Leningradi_Edasi_toimetus, lk 51
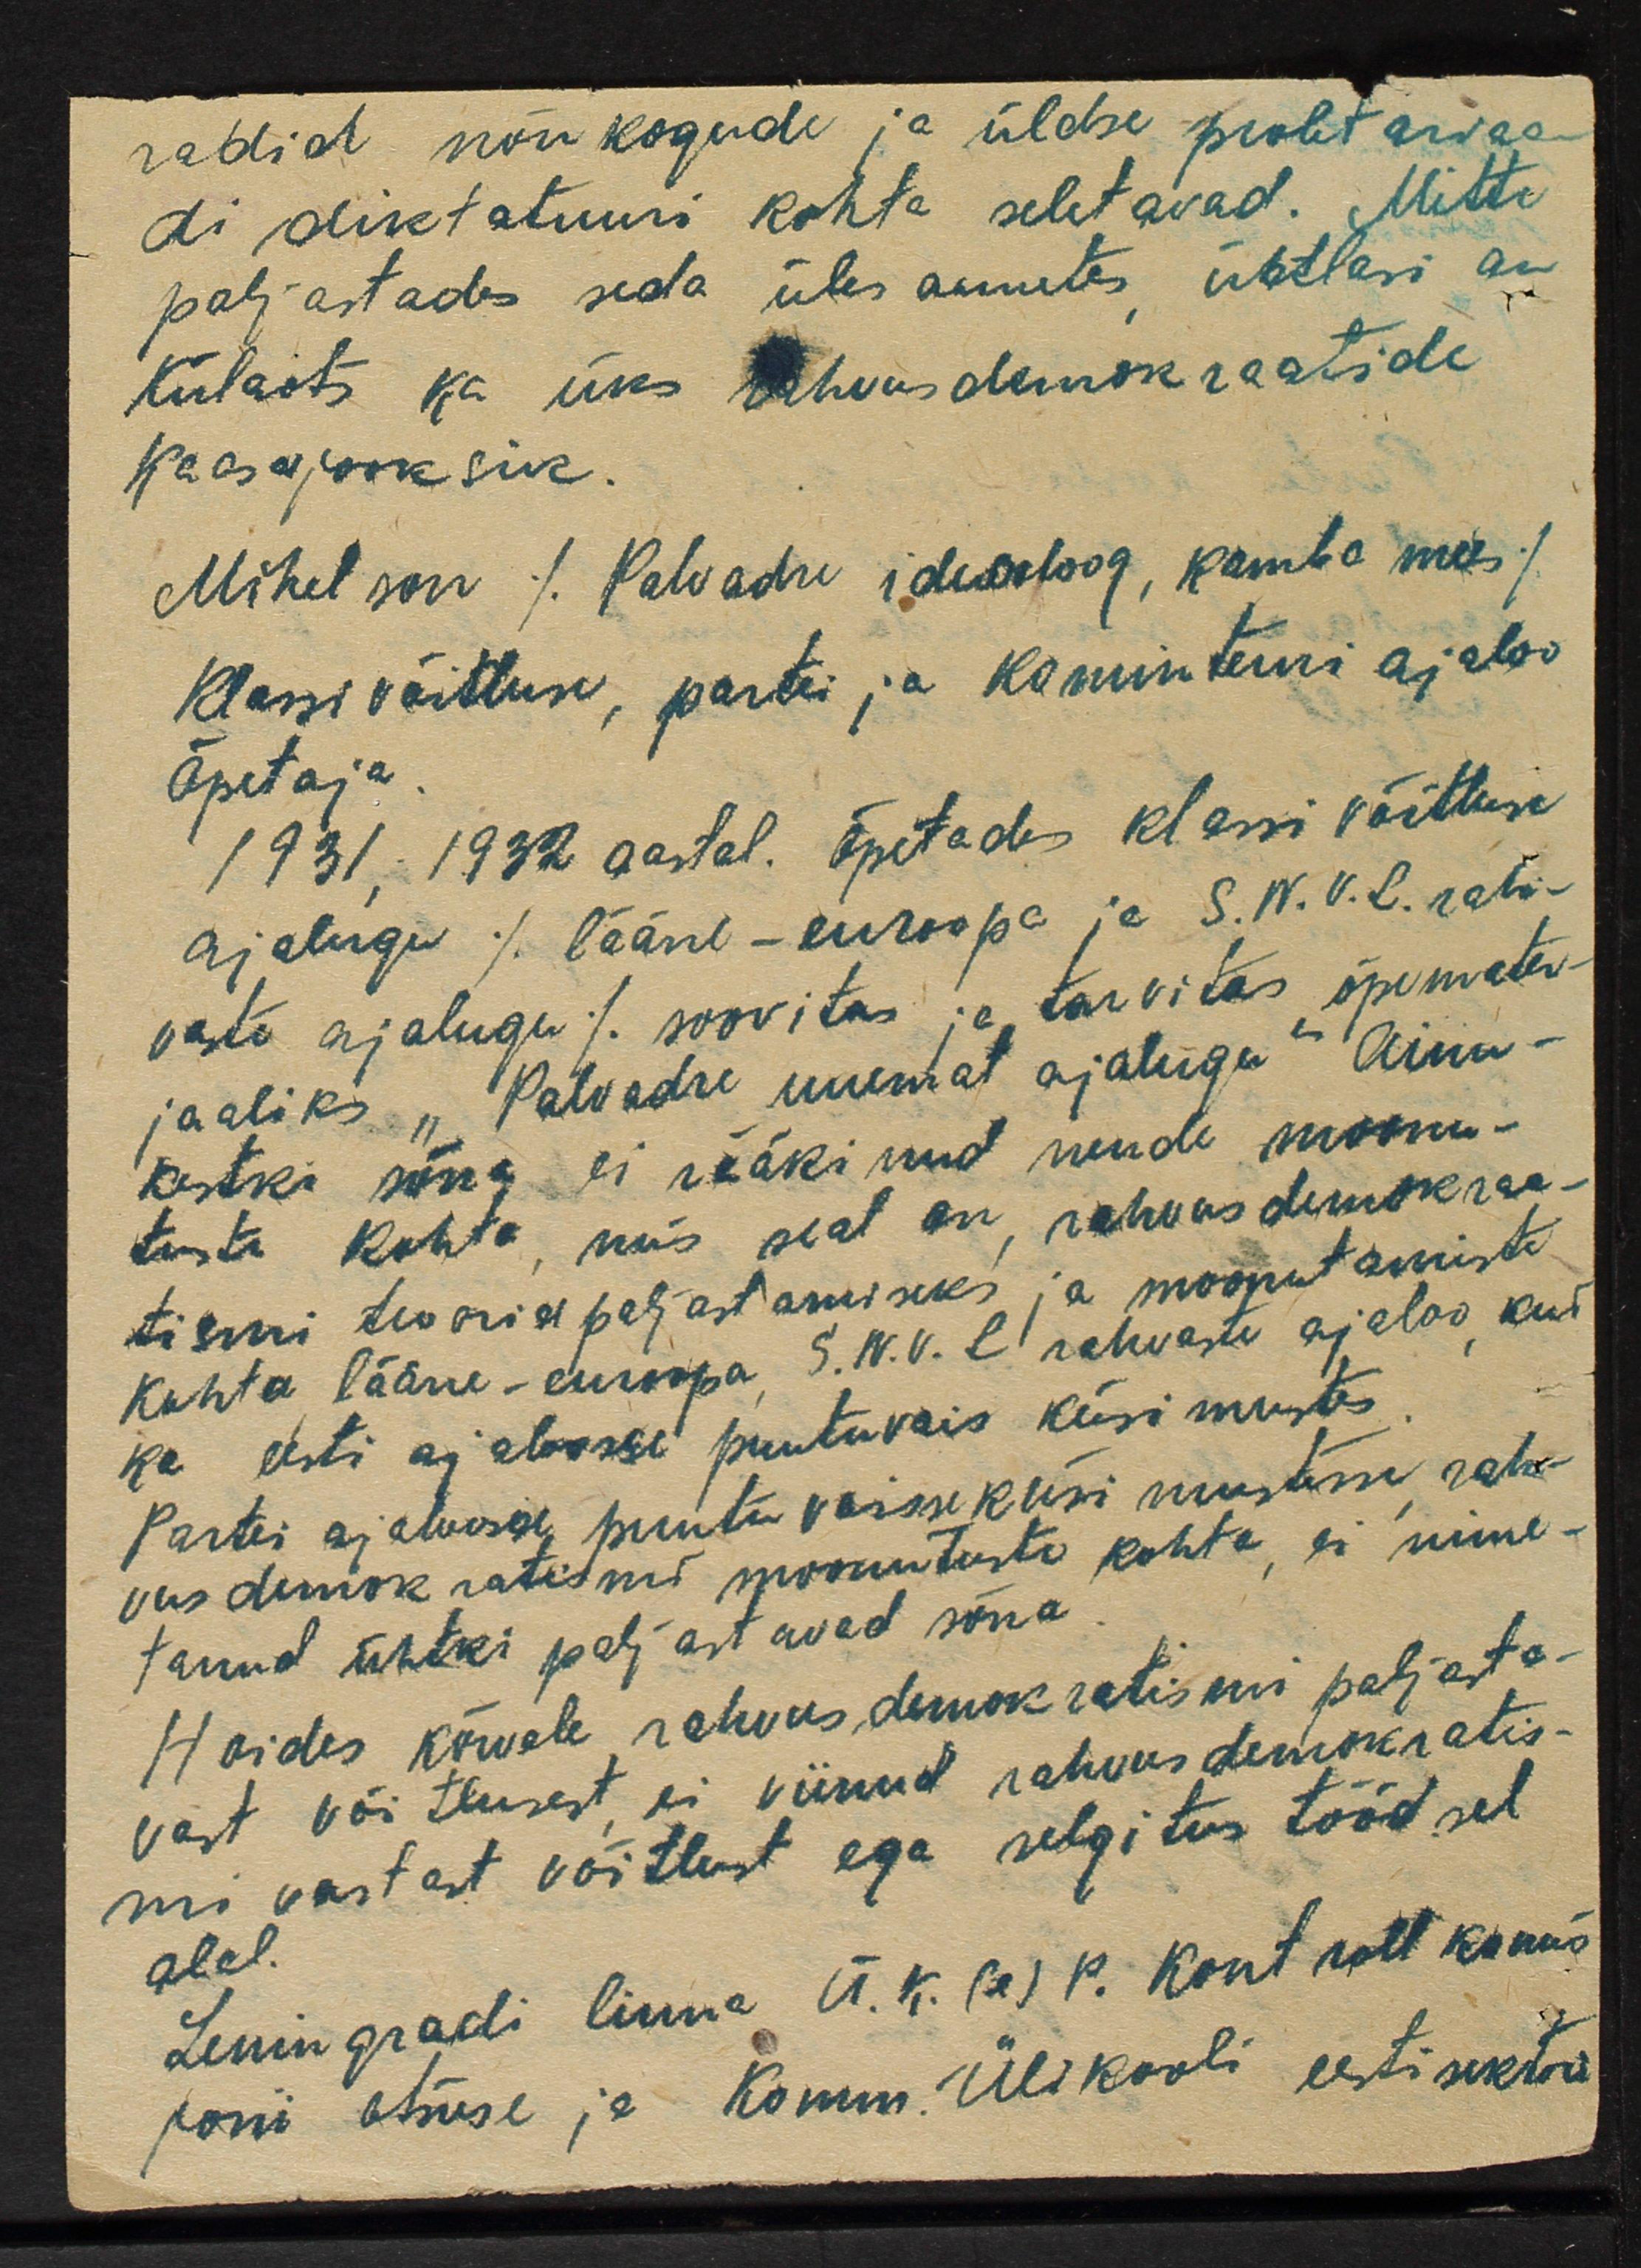
radid nõukogude ja üldse proletariaa
di diktatuuri kohta seletavad. Mitte
paljastades seda üles annetes ühtlasi on
Külaots ka üks rahvus demokraatide
kaasajooksik.
Mihelson /Palvadre ideooloog, kamba mees/
klassivõitluse, partei ja kominterni ajaloo-
Õpetaja.
1931, 1932 aastal. Õpetades klassi võitluse
ajalugu / lääne - euroopa ja S.N.V.L. rah-
vaste ajalugu / soovitas ja tarvitas õpemater-
jaaliks "Palvadre uuemat ajalugu" Ainu-
kestki sõna ei rääkinud nende moonu-
tuste kohta, mis seal on, rahvusdemokraa-
tismi teooria paljastamiseks ja moonutamiste
kohta lääne-europa S.N.V.L rahvaste ajaloo kui
ka eesti ajaloosse puutuvais küsimustes
Partei ajaloosse, puutuvaisse küsimustesse rah-
vusdemokratismi moonutuste kohta, ei nime-
tanud ühtki paljastavad sõna
Hoides kõrvale rahvusdemokratismi paljasta-
vast võitlusest, ei viinud rahvusdemokratis-
mi vastast võitlust ega selgitus tööd sel
alal.
Leningradi linna Ü.K.(e)P. kontroll komis
joni otsuse ja Komm. Ülikooli eesti sektori